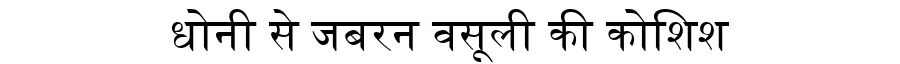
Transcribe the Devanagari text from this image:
धोनी से जबरन वसूली की कोशिश